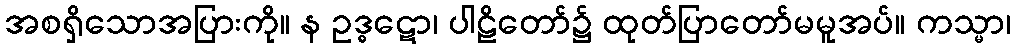
အစရှိသောအပြားကို။ န ဥဒ္ဓဋော၊ ပါဠိတော်၌ ထုတ်ပြာတော်မမူအပ်။ ကသ္မာ၊